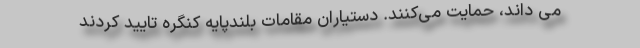
می داند، حمایت می‌کنند. دستیاران مقامات بلندپایه کنگره تایید کردند